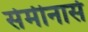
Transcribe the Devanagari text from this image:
सेमीनार्स